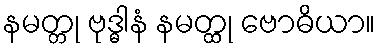
နမတ္တု ဗုဒ္ဓါနံ နမတ္ထု ဗောဓိယာ။